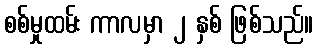
စစ်မှုထမ်း ကာလမှာ ၂ နှစ် ဖြစ်သည်။